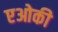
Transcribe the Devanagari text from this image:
एओकी